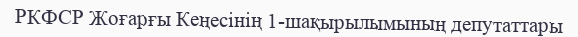
РКФСР Жоғарғы Кеңесінің 1-шақырылымының депутаттары